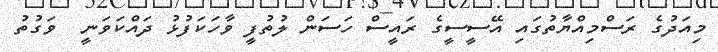
މިއަދުގެ ރަސްމިއްޔާތުގައި އޭސީސީގެ ރައީސް ހަސަން ލުތުފީ ވާހަކަފުޅު ދައްކަވަނީ  ވަގުތު